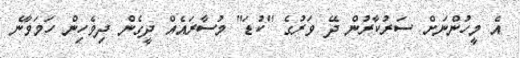
އެ މީހުންނަށް ސަރުކާރުން ދޭ ވަރުގެ "ކުޑަ" މުސާރައެއް ދީގެން ދިވެހިން ހަމަވާނެ